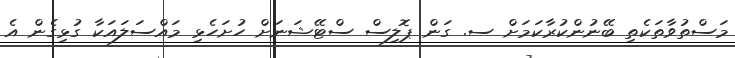
މަސްތުވާތަކެތި ބޭނުންކުރާކަމަށް ސ. ގަން ޕޮލިސް ސްޓޭޝަނަށް ހުށަހެޅި މައްސަލައަކާ ގުޅިގެން އެ